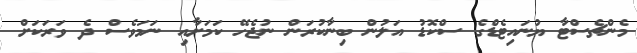
މެންޗެސްޓާ ޔުނައިޓެޑްގެ ސްކޮޑު އަލުން ބިނާކުރަން ނުޖެހޭ ކަމަށާއި ނަމަވެސް ދެ ވަރަކަށް